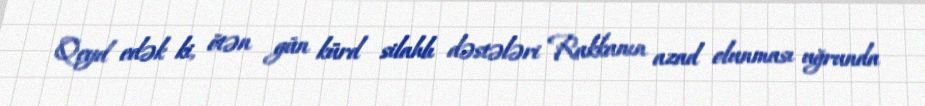
Qeyd edək ki, ötən gün kürd silahlı dəstələri Rakkanın azad olunması uğrunda